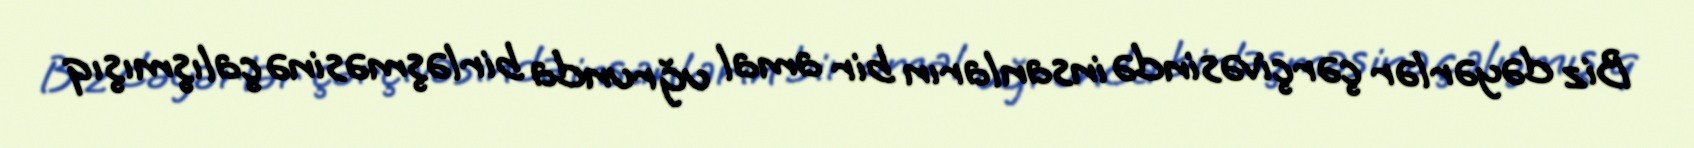
Biz dəyərlər çərçivəsində insanların bir amal uğrunda birləşməsinə çalışmışıq